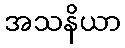
အသနိယာ